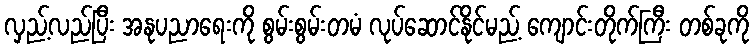
လှည့်လည်ပြီး အနုပညာရေးကို စွမ်းစွမ်းတမံ လုပ်ဆောင်နိုင်မည့် ကျောင်းတိုက်ကြီး တစ်ခုကို